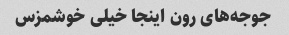
جوجه‌های رون اینجا خیلی خوشمزس